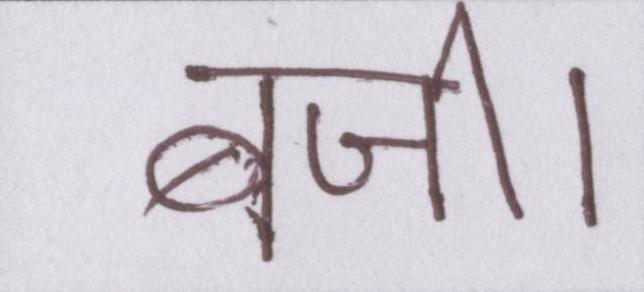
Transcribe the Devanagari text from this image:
बजी।